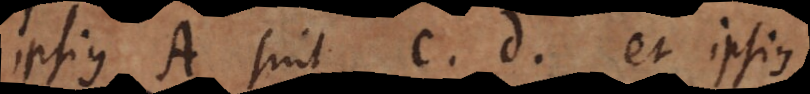
ipsius A sint c, d, et ipsius